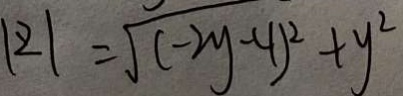
\vert 2 \vert = \sqrt { ( - 2 y - 4 ) ^ { 2 } } + y ^ { 2 }